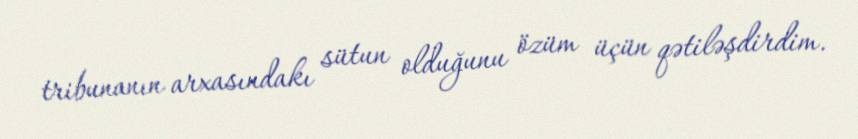
tribunanın arxasındakı sütun olduğunu özüm üçün qətiləşdirdim.